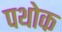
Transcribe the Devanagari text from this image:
पथोक